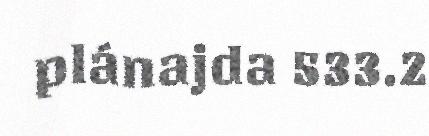
plánajda 533.2